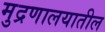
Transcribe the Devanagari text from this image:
मुद्रणालयातील